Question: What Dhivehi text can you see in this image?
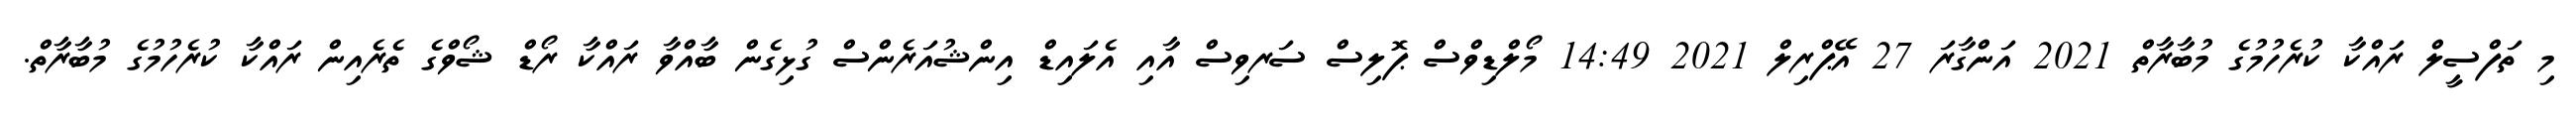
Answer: މި ތަފްސީލް ރައްކާ ކުރެހުމުގެ މުބާރާތް 2021 އަންގާރަ 27 އޭޕްރިލް 2021 14:49 މޯލްޑިވްސް ޕޮލިސް ސަރވިސް އާއި އެލައިޑް އިންޝުއަރެންސް ގުޅިގެން ބާއްވާ ރައްކާ ރޯޑް ޝޯވްގެ ތެރެއިން ރައްކާ ކުރެހުމުގެ މުބާރާތް.